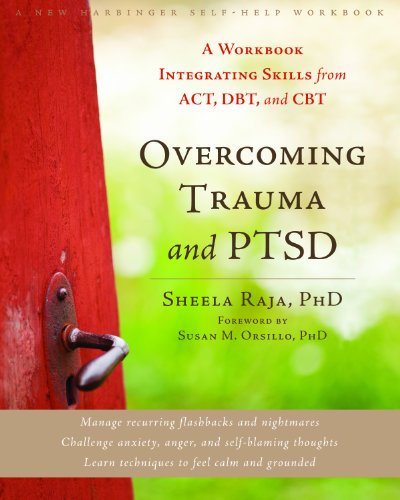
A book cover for Overcoming Trauma and PTSD: A Workbook Integrating Skills from ACT, DBT, and CBT; Sheela Raja; Self-Help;